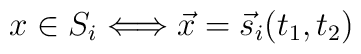
x \in S_{i} \Longleftrightarrow \vec{x} = \vec{s}_{i}(t_{1}, t_{2})